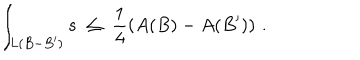
\int _ { L ( B - B ^ { \prime } ) } s \; \leq \; \frac { 1 } { 4 } \left( A ( B ) - A ( B ^ { \prime } ) \right) \, .